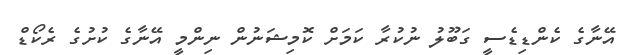
އޭނާގެ ކެންޑިޑެސީ ގަބޫލު ނުކުރާ ކަމަށް ކޮމިޝަނުން ނިންމީ އޭނާގެ ކުށުގެ ރެކޯޑް